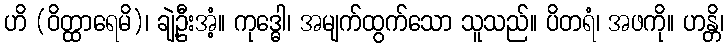
ဟိ (ဝိတ္ထာရေမိ)၊ ချဲ့ဦးအံ့။ ကုဒ္ဓေါ၊ အမျက်ထွက်သော သူသည်။ ပိတရံ၊ အဖကို။ ဟန္တိ၊